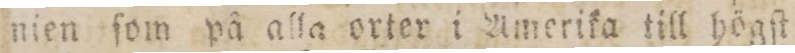
nien ſom på alla orter i Amerika till högſt